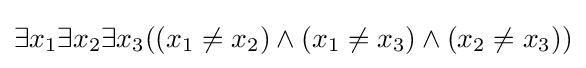
\exists x_{1}\exists x_{2}\exists x_{3}((x_{1}\not =x_{2})\land (x_{1}\not =x_{3})\land (x_{2}\not =x_{3}))